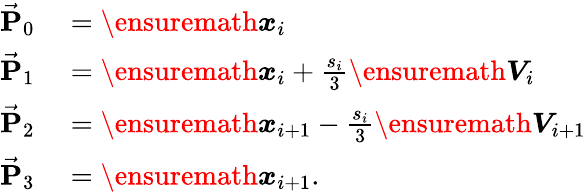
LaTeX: \begin{array}{rl}{\vec{\mathbf P}_{0}}&{{}=\ensuremath{\boldsymbol{x}}_{i}}\\ {\vec{\mathbf P}_{1}}&{{}=\ensuremath{\boldsymbol{x}}_{i}+\frac{s_{i}}{3}\ensuremath{\boldsymbol{V}}_{i}}\\ {\vec{\mathbf P}_{2}}&{{}=\ensuremath{\boldsymbol{x}}_{i+1}-\frac{s_{i}}{3}\ensuremath{\boldsymbol{V}}_{i+1}}\\ {\vec{\mathbf P}_{3}}&{{}=\ensuremath{\boldsymbol{x}}_{i+1}.}\end{array}